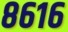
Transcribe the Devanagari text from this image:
८६१६